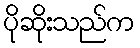
ပိုဆိုးသည်က